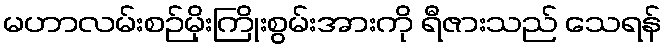
မဟာလမ်းစဉ်မိုးကြိုးစွမ်းအားကို ရီဇားသည် သေရန်